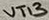
Text: VT13